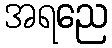
အရညေ